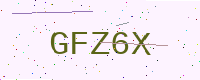
Text: GFZ6X